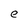
Character: e